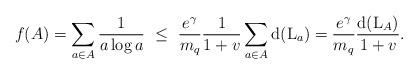
LaTeX: \begin{align*}f(A) = \sum_{a\in A}\frac{1}{a\log a} \ \le \ \frac{e^\gamma}{m_q}\frac{1}{1+v}\sum_{a\in A}{\rm d}({\rm L}_a) = \frac{e^\gamma}{m_q}\frac{{\rm d}({\rm L}_A)}{1+v}.\end{align*}